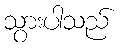
သွားပါသည်